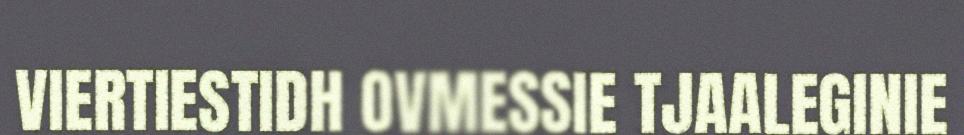
VIERTIESTIDH OVMESSIE TJAALEGINIE